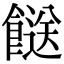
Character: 餸